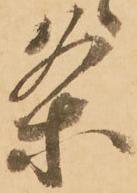
条